Lunatic asylums United Prov. 1922-30 - 1922-1930
Year: 1922
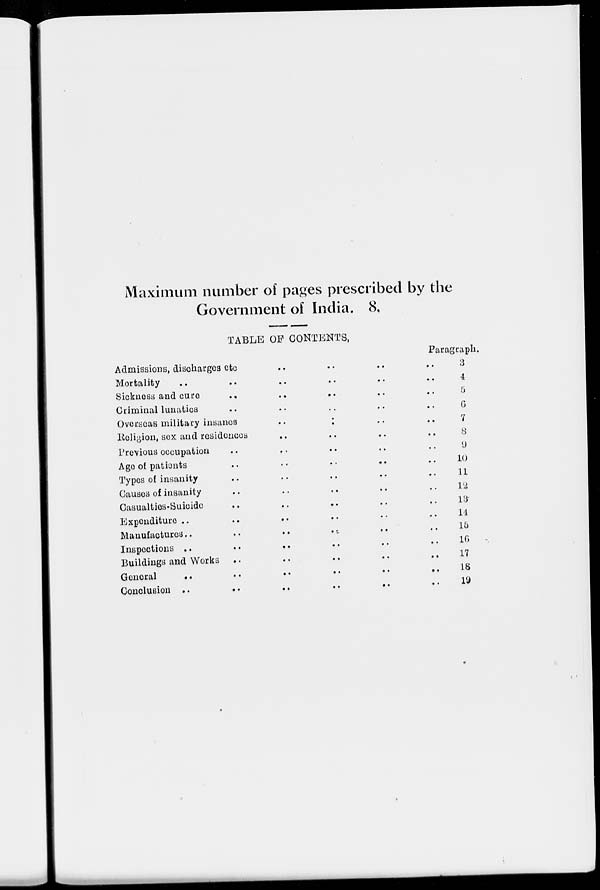
Maximum number of pages prescribed by the
Government of India. 8.
TABLE OF CONTENTS,
Admissions, discharges etc. .. .. .. ..
Mortality .. .. .. .. ..
Sickness and cure .. .. .. .. ..
Criminal lunatics .. .. .. .. ..
Overseas military insanes .. .. .. ..
Religion, sex and residences .. .. .. ..
Previous occupation .. .. .. .. .. ..
Age of patients .. .. .. .. .. ..
Types of insanity .. .. .. .. .. ..
Causes of insanity .. .. .. .. .. ..
Casualties-Suicide .. .. .. .. .. ..
Expenditure .. .. .. .. .. ..
Manufactures.. .. .. .. .. ..
Inspections .. .. .. .. .. ..
Buildings and Works .. .. .. .. .. ..
General
..
..
..
..
..
..
Conclusion ..
Paragraph.
3
4
5
6
7
8
9
10
11
12
13
14
15
16
17
18
19